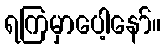
ရကြမှာပေါ့နော်။